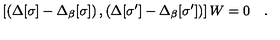
\left[ \left( \Delta [ \sigma ] - \Delta _ { \beta } [ \sigma ] \right) , \left( \Delta [ \sigma ^ { \prime } ] - \Delta _ { \beta } [ \sigma ^ { \prime } ] \right) \right] W = 0 \quad .